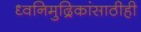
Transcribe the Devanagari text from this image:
ध्वनिमुद्रिकांसाठीही